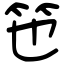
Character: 竾